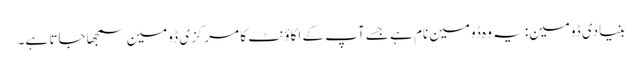
بنیادی ڈومین: یہ وہ ڈومین نام ہے جسے آپ کے اکاؤنٹ کا مرکزی ڈومین سمجھا جاتا ہے۔